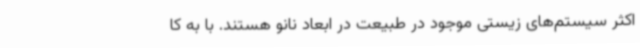
اکثر سیستم‌های زیستی موجود در طبیعت در ابعاد نانو هستند. با به کا